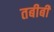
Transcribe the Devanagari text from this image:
तबीबी